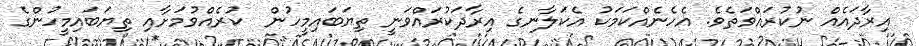
އިރާދައެއް ނުކުރައްވަތެވެ. އެހެނެއްކަމަކު އެކަލާނގެ އިރާދަކުރައްވަނީ ތިޔަބައިމީހުން  ކުރެއްވުމަށާއި ތިޔަބައިމީހުންގެ